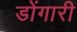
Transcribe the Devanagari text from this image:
डोंगारी